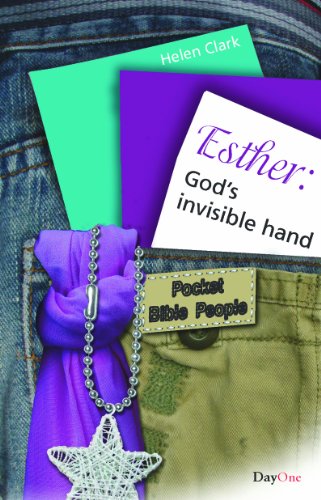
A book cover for Esther: God's Invisible Hand (Pocket Bible People); Helen Clark; Christian Books & Bibles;